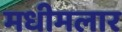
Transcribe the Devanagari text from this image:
मधीमलार